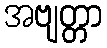
အဗျတ္တာ